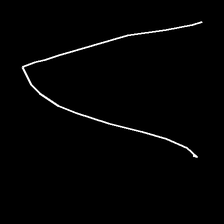
Glyph: region